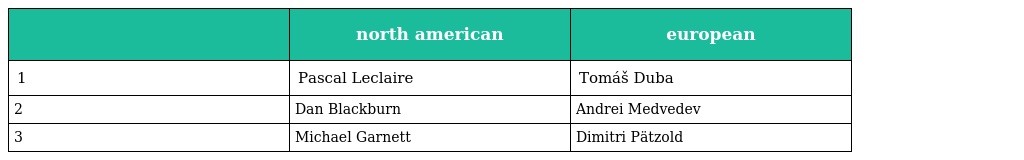
|  | north american | european |
 | --- | --- | --- |
 | 1 | Pascal Leclaire | Tomáš Duba |
 | 2 | Dan Blackburn | Andrei Medvedev |
 | 3 | Michael Garnett | Dimitri Pätzold |